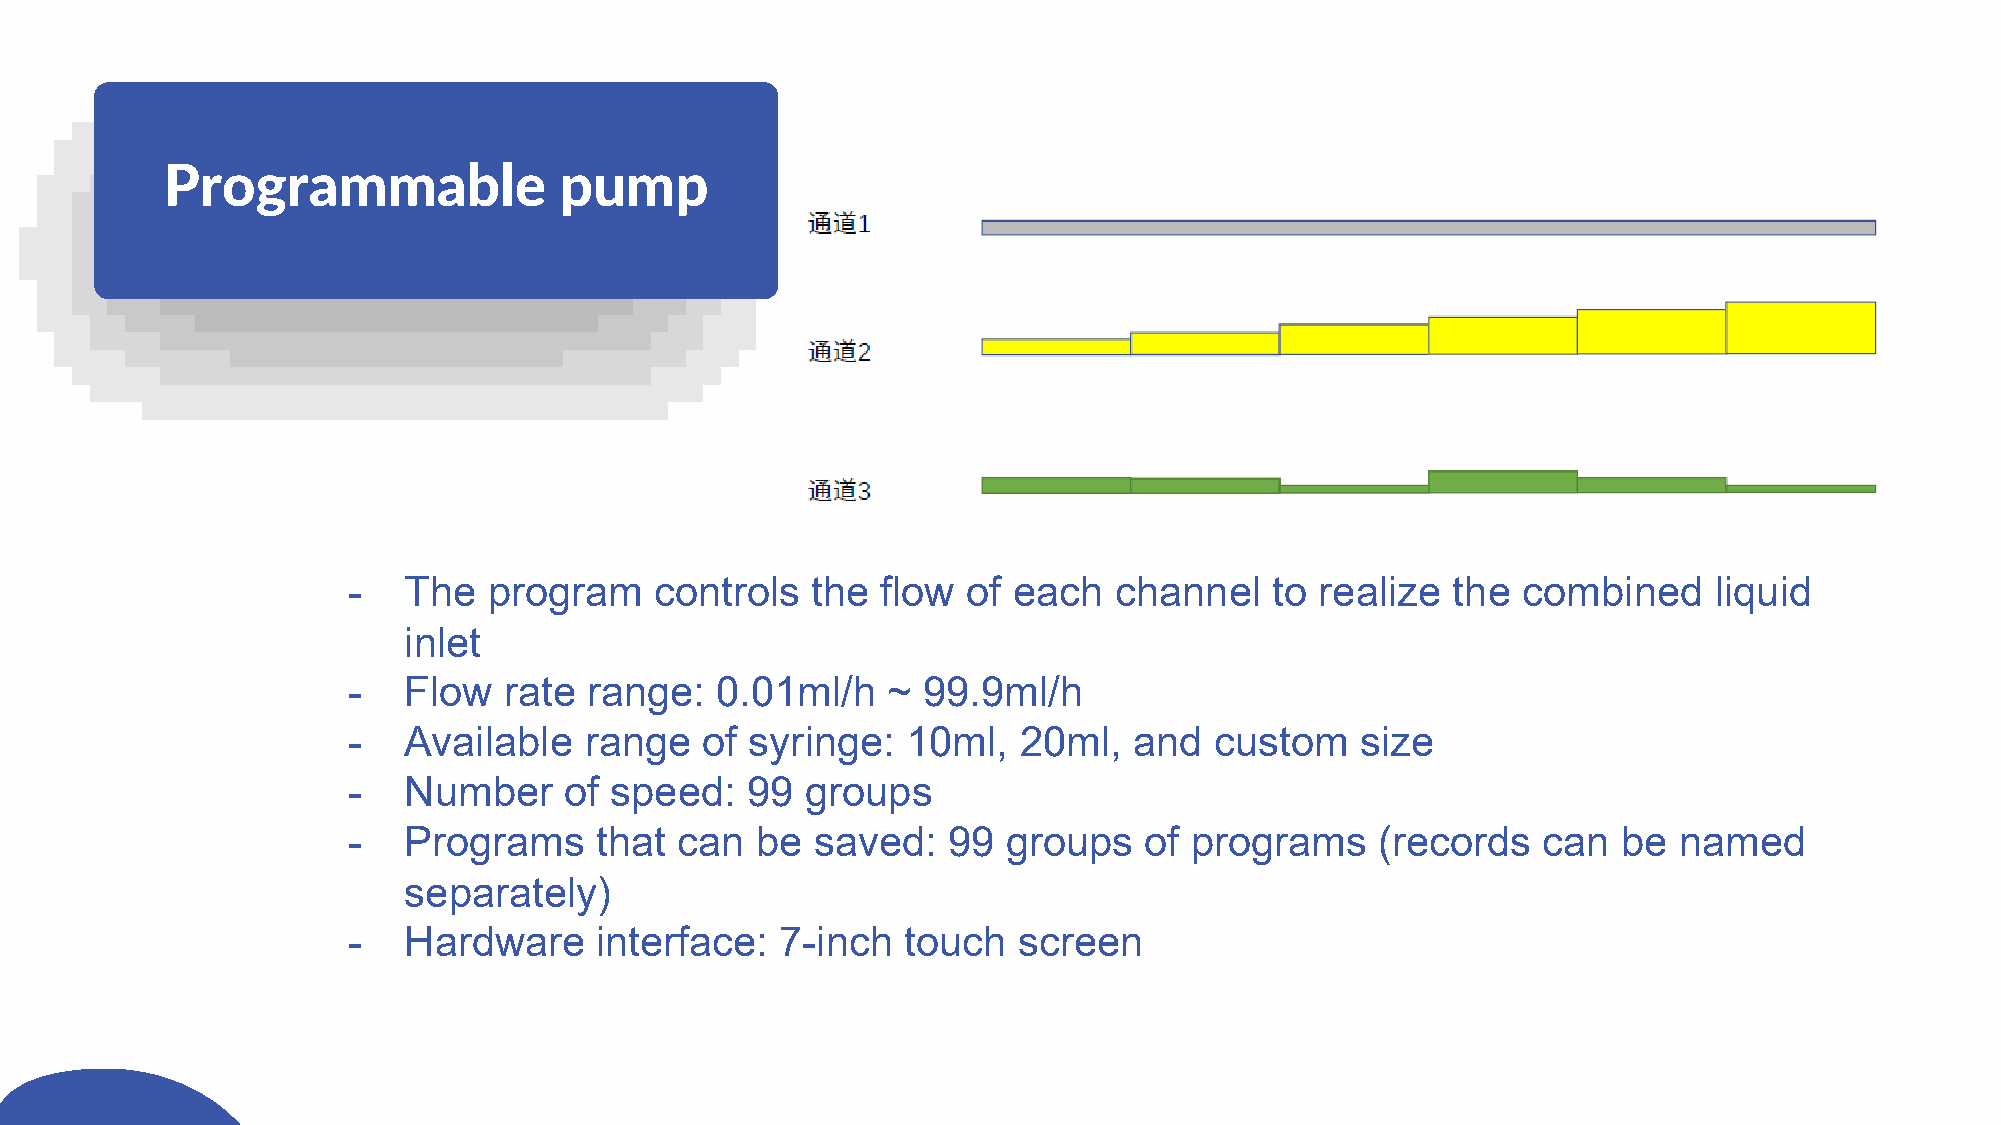
Programmable              pump
 -   The  program    controls   the flow  of each   channel   to realize  the  combined    liquid
 inlet
 -   Flow  rate  range:  0.01ml/h    ~ 99.9ml/h
 -   Available   range   of syringe:  10ml,  20ml,   and  custom    size
 -   Number    of speed:   99  groups
 -   Programs    that  can  be  saved:   99  groups   of programs    (records   can  be  named
 separately)
 -   Hardware    interface:   7-inch  touch  screen